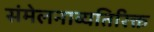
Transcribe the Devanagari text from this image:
संमेलनाव्यतिरिक्त